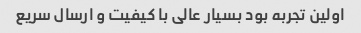
اولین تجربه بود بسیار عالی با کیفیت و ارسال سریع